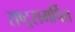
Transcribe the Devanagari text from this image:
राष्ट्रसमर्पित